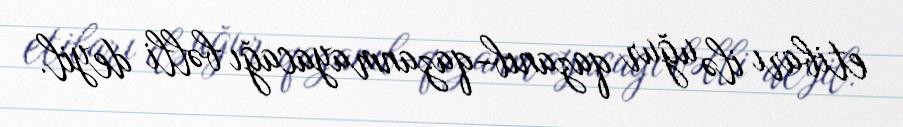
etibarı ilə uğur qazanıb-qazanmayacağı bəlli deyil.